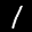
Label: 1